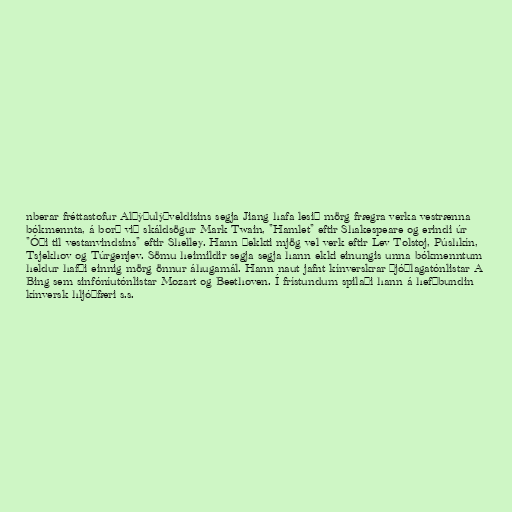
nberar fréttastofur Alþýðulýðveldisins segja Jiang hafa lesið mörg frægra verka vestrænna
bókmennta, á borð við skáldsögur Mark Twain, "Hamlet" eftir Shakespeare og erindi úr
"Óði til vestanvindsins" eftir Shelley. Hann þekkti mjög vel verk eftir Lev Tolstoj, Púshkín,
Tsjekhov og Túrgenjev. Sömu heimildir segja segja hann ekki einungis unna bókmenntum
heldur hafði einnig mörg önnur áhugamál. Hann naut jafnt kínverskrar þjóðlagatónlistar A
Bing sem sinfóníutónlistar Mozart og Beethoven. Í frístundum spilaði hann á hefðbundin
kínversk hljóðfæri s.s.